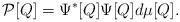
LaTeX: \begin{align*}{\cal P}[Q]=\Psi^*[Q]\Psi[Q]d\mu[Q].\end{align*}